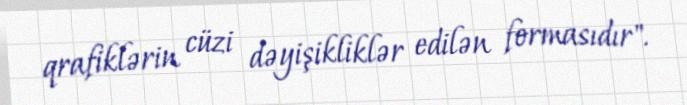
qrafiklərin cüzi dəyişikliklər edilən formasıdır".